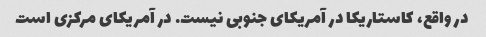
در واقع، کاستاریکا در آمریکای جنوبی نیست. در آمریکای مرکزی است